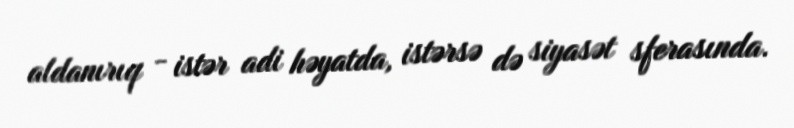
aldanırıq - istər adi həyatda, istərsə də siyasət sferasında.